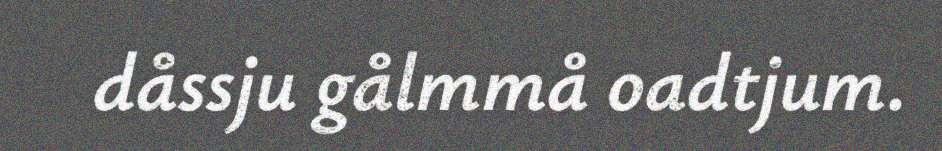
dåssju gålmmå oadtjum.